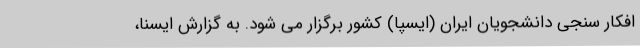
افکار سنجی دانشجویان ایران (ایسپا) کشور برگزار می شود. به گزارش ایسنا،